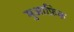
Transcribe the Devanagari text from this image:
मुआफ़िक